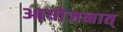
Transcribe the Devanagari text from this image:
आयोजनात्